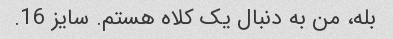
بله، من به دنبال یک کلاه هستم. سایز 16.